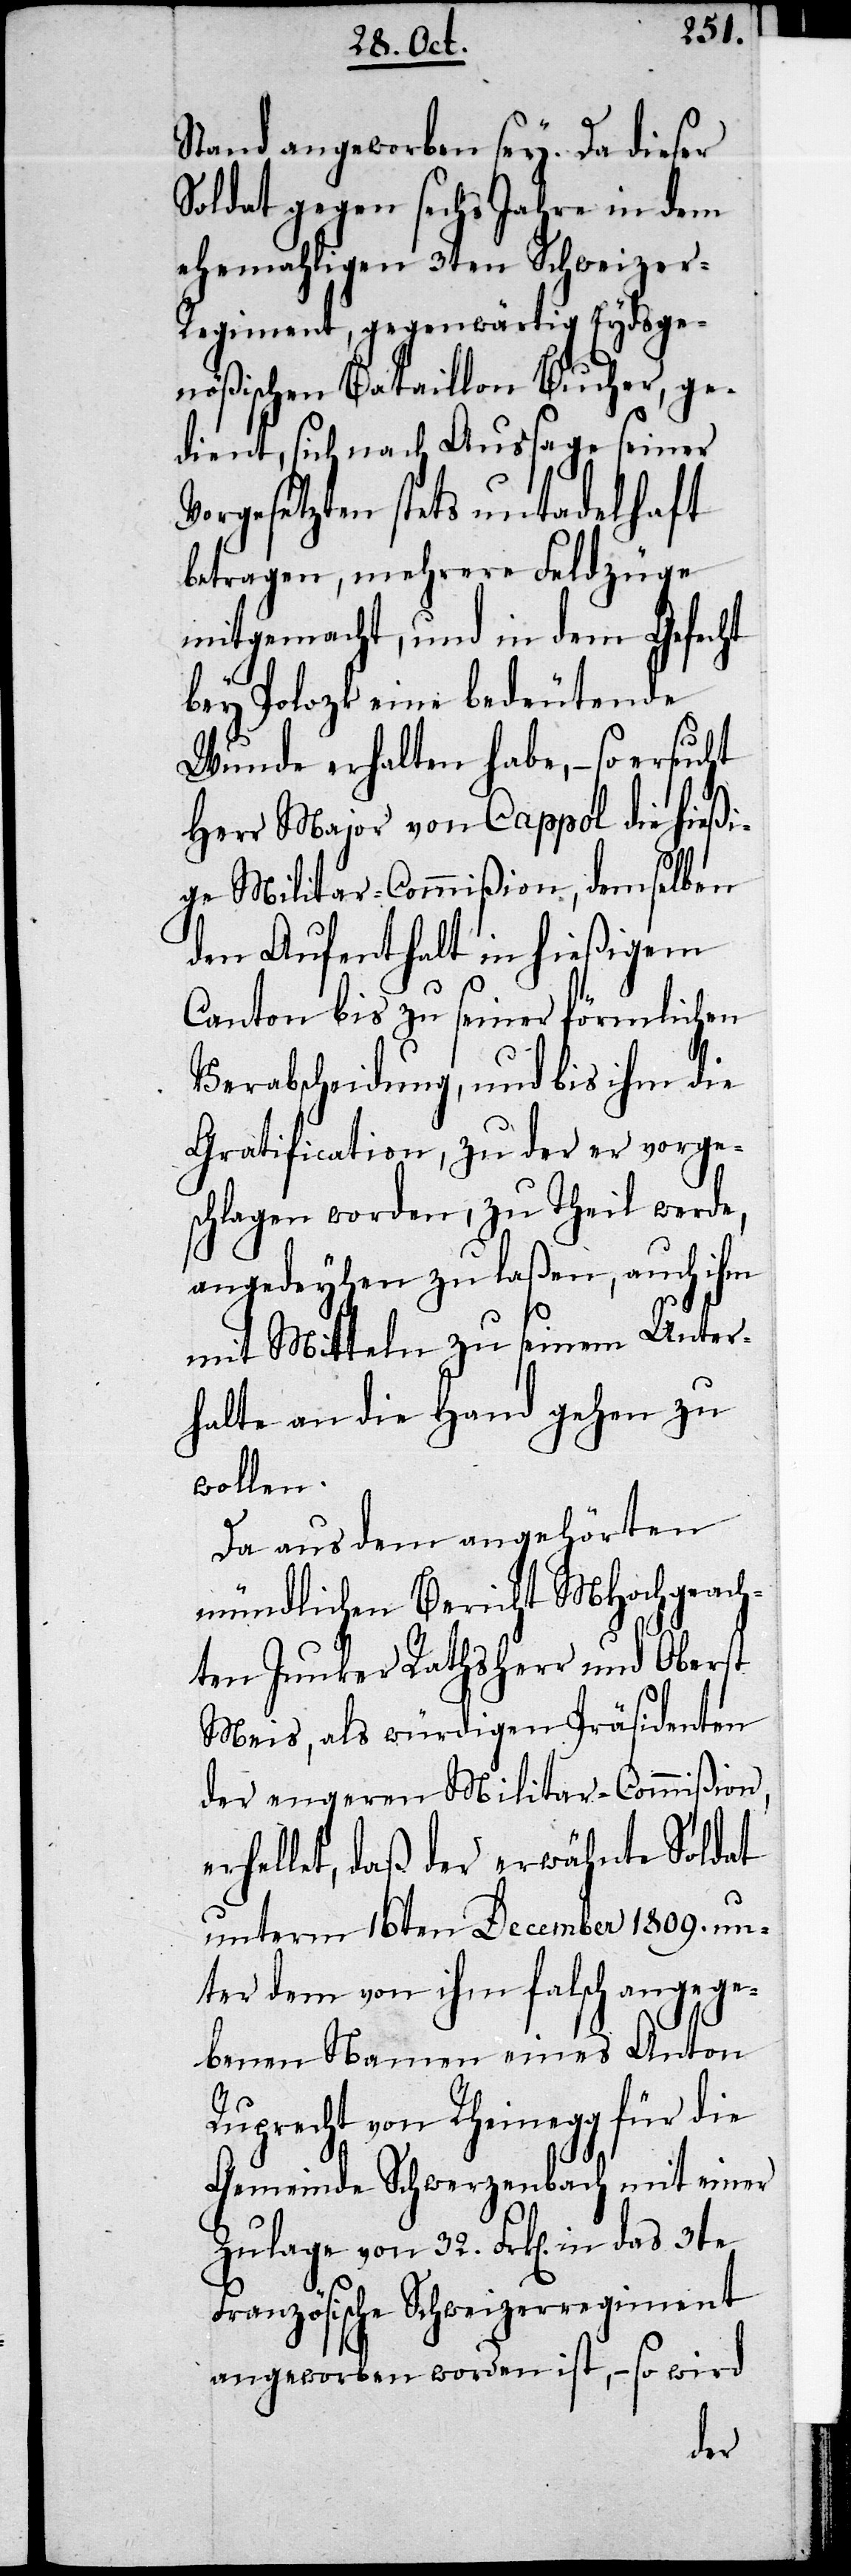
Stand angeworben sey. Da dieser
Soldat gegen sechs Jahre in dem
ehemaligen 3ten Schweize¬
r-Regiment, gegenwärtig Eydsge¬
nößischen Bataillon Bucher, ge¬
dient, sich nach Aussage seiner
Vorgesetzten stets untadelhaft
betragen, mehrere Feldzüge
mitgemacht, und in dem Gefecht
bey Polozk eine bedeutende
Wunde erhalten habe, – so ersucht
Herr Major von Cappol die hießi¬
ge Militar-Commißion, demselben
den Aufenthalt in hießigem
Canton bis zu seiner förmlichen
Verabscheidung, und bis ihm die
Gratification, zu der er vorge¬
schlagen worden, zu Theil werde,
angedeyhen zu laßen, auch ihm
mit Mitteln zu seinem Unter¬
halte an die Hand gehen zu
wollen.
Da aus dem angehörten
mündlichen Bericht MHochgeach¬
ten Junker Rathsherr und Oberst
Meis, als würdigen Präsidenten
der engeren Militar-Commision,
erhellet, daß der erwähnte Soldat
unterm 16ten December 1809. un¬
ter dem von ihm falsch angege¬
benen Namen eines Anton
Ruprecht von Rheinegg für die
Gemeinde Schwerzenbach mit einer
Zulage von 32. Frk. in das 3te
Französische Schweizerregiment
angeworben worden ist, – so wird